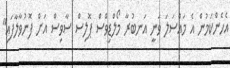
އެހެންކަމުން އެ މައްސަލަ ވަނީ އަނބުރާ މޯލްޑިވްސް ޕޮލިސް ސާވިސް އަށް ފޮނުވާލާފައި"